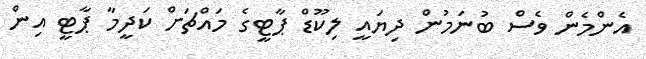
އެންމެން ވެސް ބުނަމުން ދިޔައީ ލިކޫޑް ޕާޓީގެ މައްޗަށް ކަދީމާ ޕާޓީ އިން